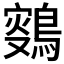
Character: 𪂸